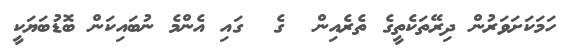
ހަމަކަށަވަރުން ދިރޭތަކެތީގެ ތެރެއިން  ގެ  ގައި އެންމެ ނުބައިކަން ބޮޑުބަޔަކީ